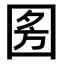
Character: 𭍣